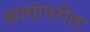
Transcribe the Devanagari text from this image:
खाद्यांवरील